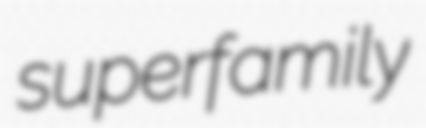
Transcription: superfamily